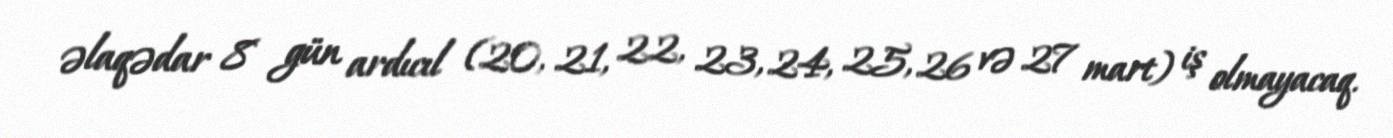
əlaqədar 8 gün ardıcıl (20, 21, 22, 23, 24, 25, 26 və 27 mart) iş olmayacaq.